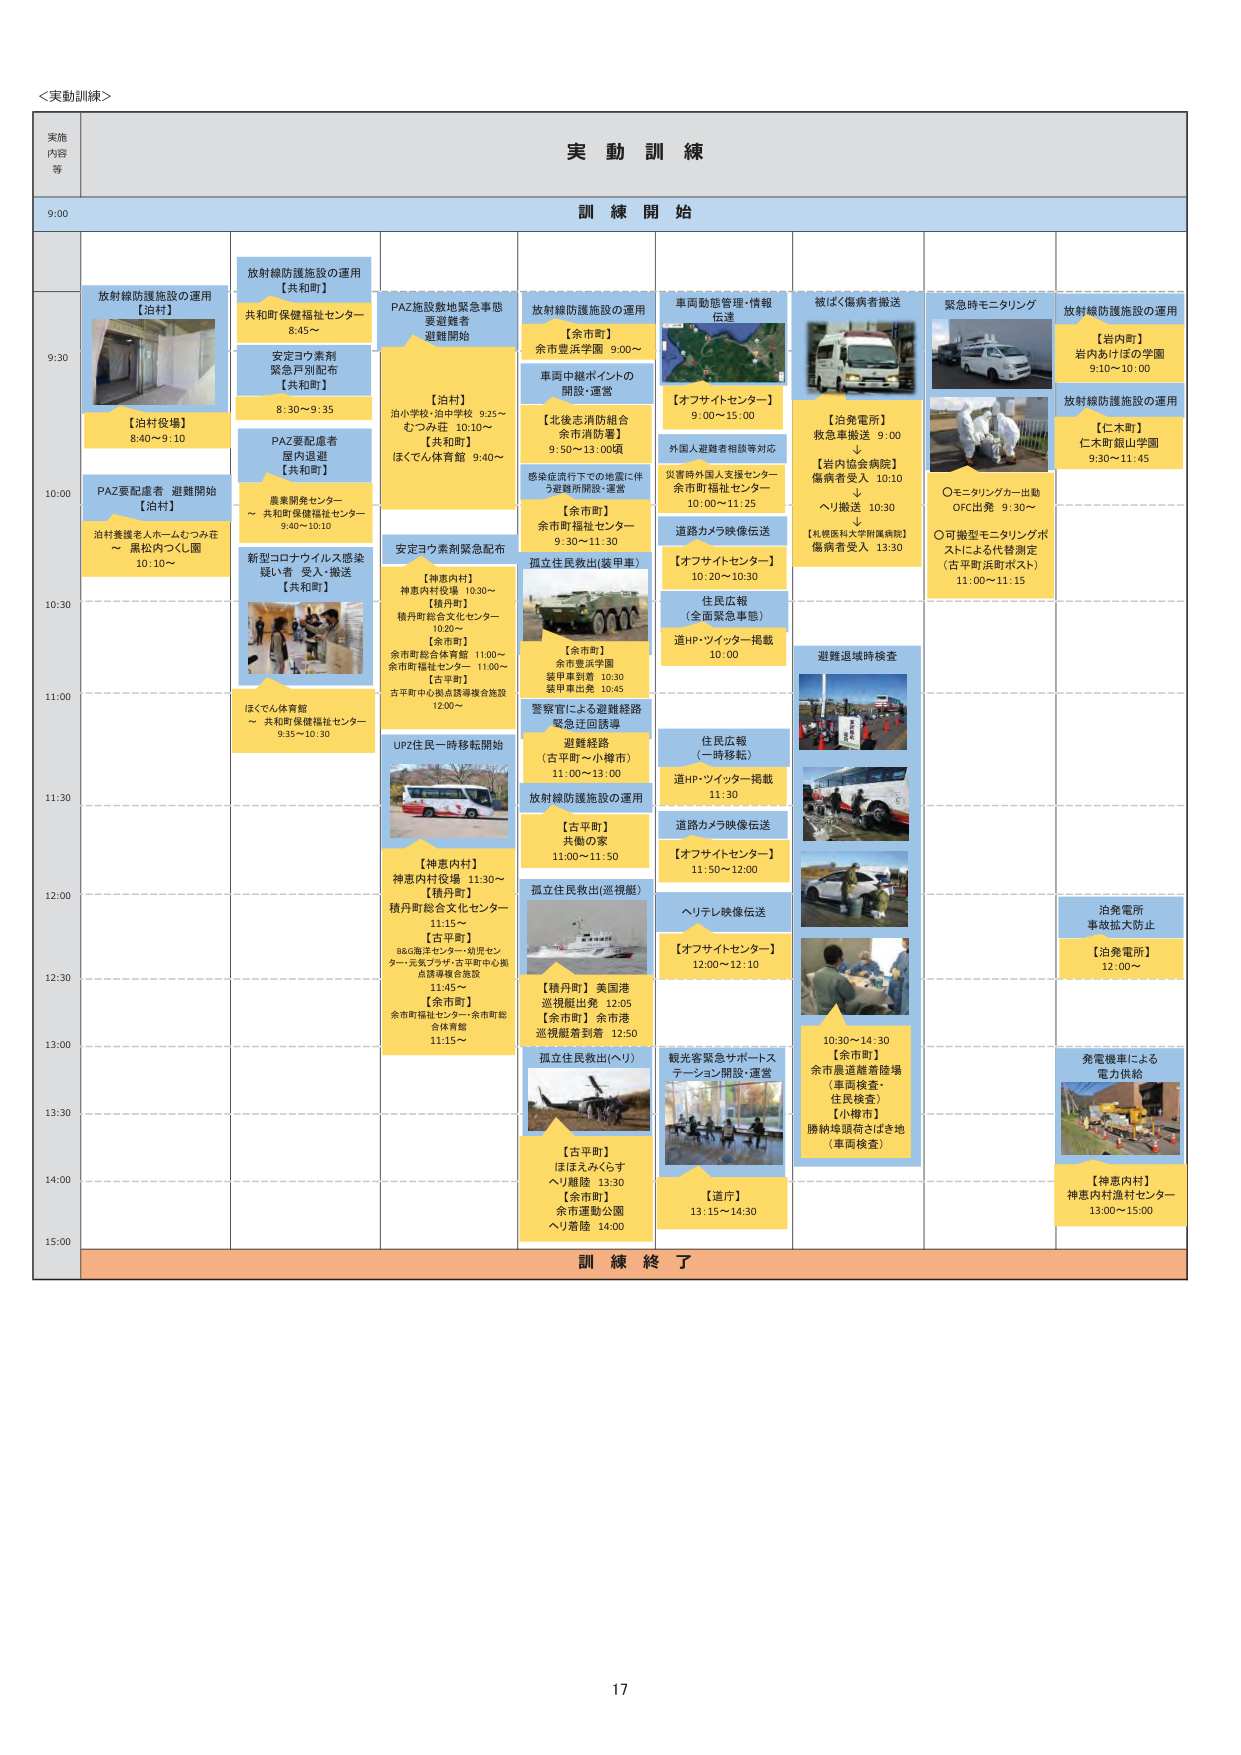
＜実動訓練＞

実施
内容
等

実 動 訓 練

9:00
訓 練 開 始

9:30
放射線防護施設の運用
【泊村】
【泊村役場】
8:40～9:10

放射線防護施設の運用
【共和町】
共和町保健福祉センター
8:45～
安定ヨウ素剤
緊急戸別配布
【共和町】
8:30～9:35

PAZ施設拠地緊急事態
避難者
避難開始

【泊村】
泊小学校・泊中学校 9:25～
むつみ荘 10:10～
【共和町】
ほくでん体育館 9:40～

放射線防護施設の運用
【余市町】
余市豊浜学園 9:00～
車両中継ポイントの
開設・運営

【北後志消防組合
余市消防署】
9:50～13:00頃
感染症流行下での地震に伴
う避難所開設・運営

【余市町】
余市町福祉センター
9:30～11:30

車両動態管理・情報
伝達

【オフサイトセンター】
9:00～15:00
外国人避難者相談等対応

災害時外国人支援センター
余市町福祉センター
10:00～11:25

道路カメラ映像伝送

【オフサイトセンター】
10:20～10:30

被ばく傷病者搬送

【泊発電所】
救急車搬送 9:00
↓
【岩内協会病院】
傷病者受入 10:10
↓
ヘリ搬送 10:30
↓
【札幌医科大学附属病院】
傷病者受入 13:30

緊急時モニタリング

○モニタリングカー出動
OFC出発 9:30～
○可搬型モニタリングポ
ストによる代替測定
（古平町浜町ポスト）
11:00～11:15

放射線防護施設の運用
【岩内町】
岩内あけぼの学園
9:10～10:00
放射線防護施設の運用
【仁木町】
仁木町銀山学園
9:30～11:45

10:00
PAZ要配慮者 避難開始
【泊村】
泊村養護老人ホームむつみ荘
～ 黒松内つくし園
10:10～

PAZ要配慮者
屋内退避
【共和町】
農業開発センター
～ 共和町保健福祉センター
9:40～10:10

新型コロナウイルス感染
疑い者 受入・搬送
【共和町】
ほくでん体育館
～ 共和町保健福祉センター
9:35～10:30

安定ヨウ素剤緊急配布

【神恵内村】
神恵内村役場 10:30～
【積丹町】
積丹町総合文化センター
10:20～
【余市町】
余市町総合体育館 11:00～
余市町福祉センター 11:00～
【古平町】
古平町中心拠点誘導複合施設
12:00～

孤立法民救出(装甲車)

【余市町】
余市豊浜学園
装甲車到着 10:30
装甲車出発 10:45

住民広報
（全面緊急事態）
道HP・ツイッター掲載
10:00

避難退域時検査

10:30
UPZ住民一時移転開始

【神恵内村】
神恵内村役場 11:30～
【積丹町】
積丹町総合文化センター
11:15～
【古平町】
B&G海洋センター・幼児セン
ター・元気プラザ・古平町中心拠
点誘導複合施設
11:45～
【余市町】
余市町福祉センター・余市町総
合体育館
11:15～

警察官による避難経路
緊急迂回誘導
避難経路
（古平町～小樽市）
11:00～13:00
放射線防護施設の運用

【古平町】
共働の家
11:00～11:50

孤立法民救出(巡視艇)

【積丹町】 美国港
巡視艇出発 12:05
【余市町】 余市港
巡視艇着到着 12:50

住民広報
（一時移転）
道HP・ツイッター掲載
11:30

道路カメラ映像伝送

【オフサイトセンター】
11:50～12:00

ヘリテレ映像伝送

【オフサイトセンター】
12:00～12:10

11:00

11:30

12:00

12:30

13:00

13:30

14:00

15:00

孤立法民救出(ヘリ)

【古平町】
ほほえみくらす
ヘリ離陸 13:30
【余市町】
余市運動公園
ヘリ着陸 14:00

観光客緊急サポートス
テーション開設・運営

【道庁】
13:15～14:30

10:30～14:30
【余市町】
余市展進離着陸場
（車両検査・
住民検査）
【小樽市】
勝納埠頭荷さばき地
（車両検査）

泊発電所
事故拡大防止
【泊発電所】
12:00～

発電機車による
電力供給

【神恵内村】
神恵内村進村センター
13:00～15:00

訓 練 終 了

17